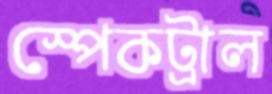
স্পেকট্রাল